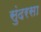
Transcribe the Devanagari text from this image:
सुंदरसा